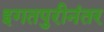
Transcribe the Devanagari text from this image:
इगतपुरीनंतर